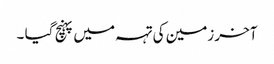
آخر زمین کی تہہ میں پہنچ گیا ۔